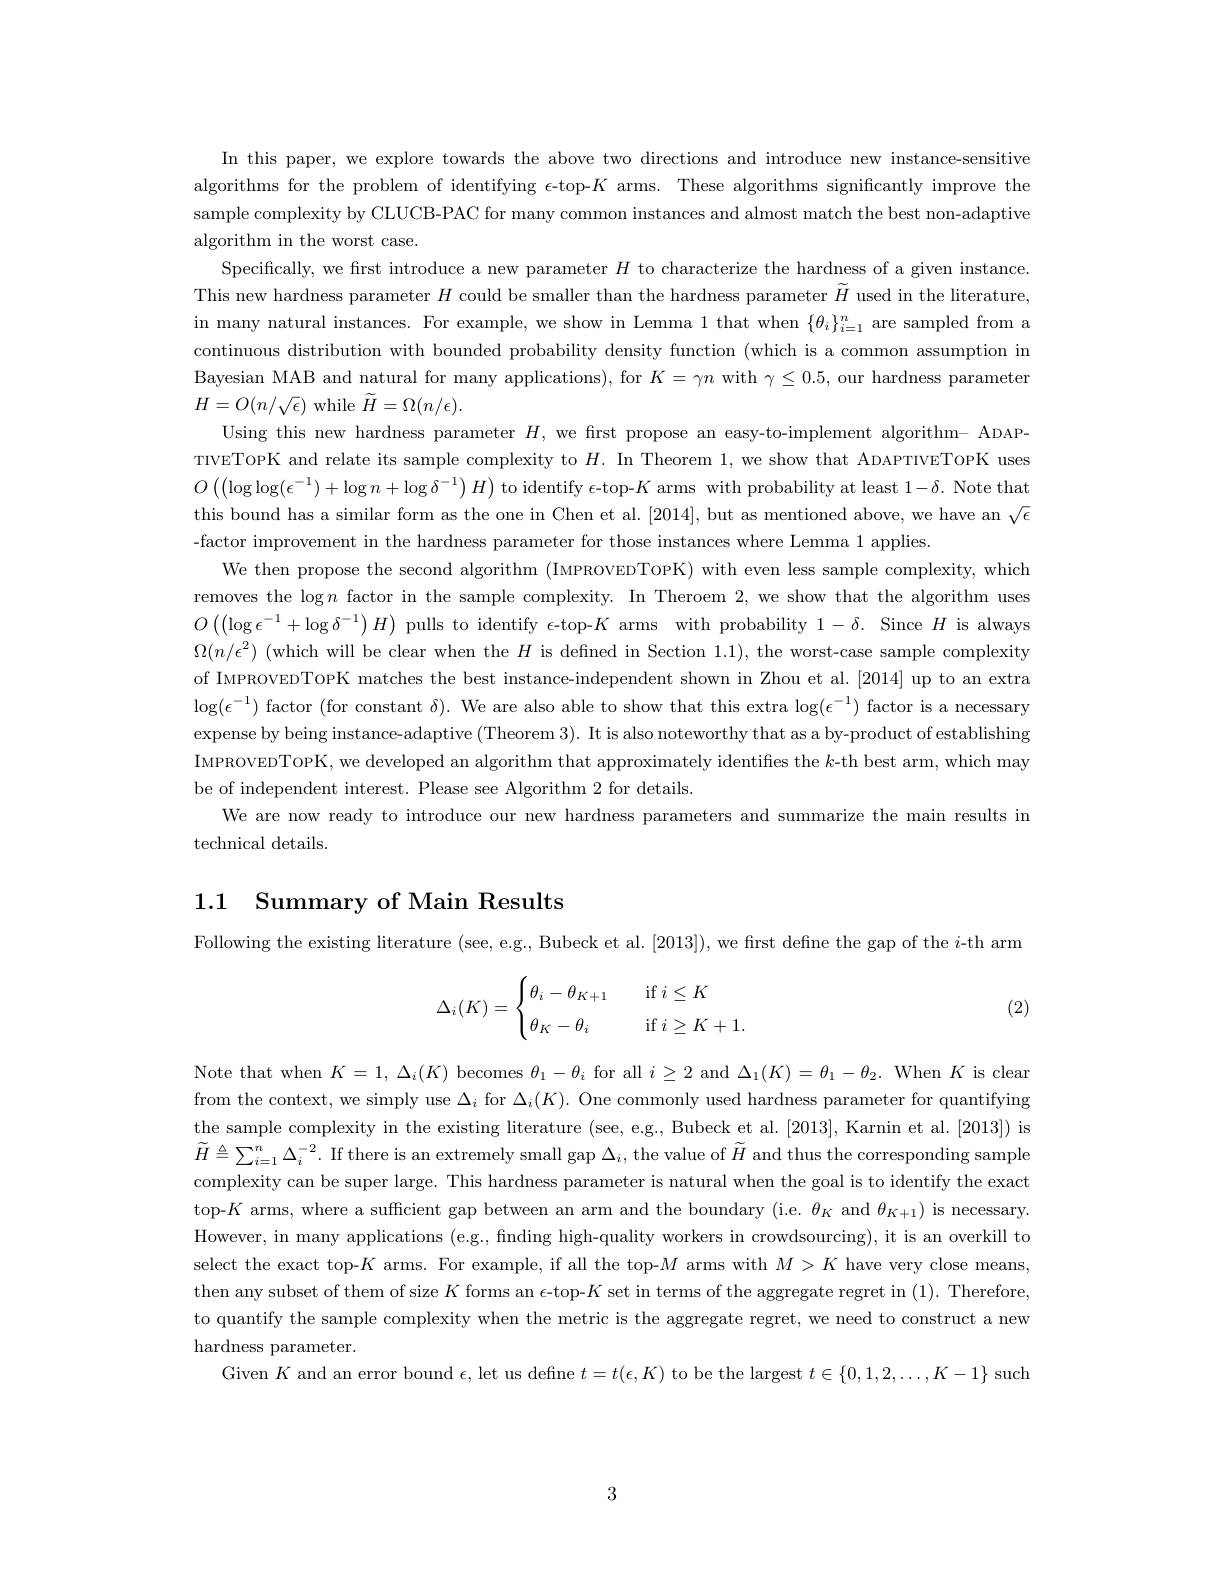
In this paper, we explore towards the above two directions and introduce new instance-sensitive algorithms for the problem of identifying $\epsilon$-top-$K$ arms. These algorithms significantly improve the sample complexity by CLUCB-PAC for many common instances and almost match the best non-adaptive algorithm in the worst case.
Specifically, we first introduce a new parameter $H$ to characterize the hardness of a given instance. This new hardness parameter $H$ could be smaller than the hardness parameter $\widetilde{H}$ used in the literature, in many natural instances. For example, we show in Lemma 1 that when $\{\theta_i\}_i=1^n$ are sampled from a continuous distribution with bounded probability density function (which is a common assumption in Bayesian MAB and natural for many applications), for $K=\gamma n$ with $\gamma\leq0.5$, our hardness parameter $H=O(n/\sqrt{\epsilon})$ while $\tilde{H}=\Omega(n/\epsilon).$
Using this new hardness parameter $H$, we first propose an easy-to-implement algorithm- ADAPTIVETOPK and relate its sample complexity to $H.$ In Theorem 1, we show that ADAPTIVETOPK uses $O\left(\left(\log\log(\epsilon^{-1})+\log n+\log\delta^{-1}\right)H\right)$to identify $\epsilon$-top-$K$ arms with probability at least $1-\delta.$ Note that this bound has a similar form as the one in Chen et al. [2014], but as mentioned above, we have an $\sqrt\epsilon$ -factor improvement in the hardness parameter for those instances where Lemma 1 applies.
We then propose the second algorithm (IMPROVEDTOPK) with even less sample complexity, which removes the $\log n$ factor in the sample complexity. In Theroem 2, we show that the algorithm uses $O\left(\left(\log\epsilon^{-1}+\log\delta^{-1}\right)H\right)$pulls to identify $\epsilon$-top-$K$ arms with probability $1-\delta.$ Since $H$ is always $\Omega(n/\epsilon^2)$ (which will be clear when the $H$ is defined in Section 1.1), the worst-case sample complexity of IMPROVEDTOPK matches the best instance-independent shown in Zhou et al. [2014] up to an extra $\log(\epsilon^{-1})$ factor (for constant $\delta).$ We are also able to show that this extra $\log(\epsilon^-1)$ factor is a necessary expense by being instance-adaptive (Theorem 3). It is also noteworthy that as a by-product of establishing IMPROVEDTOPK, we developed an algorithm that approximately identifies the $k$-th best arm, which may be of independent interest. Please see Algorithm 2 for details
We are now ready to introduce our new hardness parameters and summarize the main results in
technical details.

1.1 Summary of Main Results

Following the existing literature (see, e.g., Bubeck et al. [2013]), we first define the gap of the $i$-th arm
$$\Delta_i(K)=\begin{cases}\theta_i-\theta_{K+1}&\quad\text{if}\:i\le K\\[2ex]\theta_K-\theta_i&\quad\text{if}\:i\ge K+1.\end{cases}$$
(2)

Note that when $K=1,\Delta_i(K)$ becomes $\theta_1-\theta_i$ for all $i\geq2$ and $\Delta_1(K)=\theta_1-\theta_2.$ When $K$ is clear from the context, we simply use $\Delta_i$ for $\Delta_i(K).$ One commonly used hardness parameter for quantifying the sample complexity in the existing literature (see, e.g., Bubeck et al. [2013], Karnin et al. [2013]) is $\widetilde{H}\triangleq\sum_{i=1}^n\Delta_i^{-2}.$ If there is an extremely small gap $\Delta_i$, the value of $\widetilde{H}$ and thus the corresponding sample complexity can be super large. This hardness parameter is natural when the goal is to identify the exact top-$K$ arms, where a sufficient gap between an arm and the boundary (i.e. $\theta_K$ and $\theta_{K+1})$ is necessary. However, in many applications (e.g., finding high-quality workers in crowdsourcing), it is an overkill to select the exact top-$K$ arms. For example, if all the top-$M$ arms with $M>K$ have very close means then any subset of them of size $K$ forms an $\epsilon$-top-$K$ set in terms of the aggregate regret in (1). Therefore to quantify the sample complexity when the metric is the aggregate regret, we need to construct a new hardness parameter.
Given $K$ and an error bound $\epsilon$, let us define $t=t(\epsilon,K)$ to be the largest $t\in\{0,1,2,\ldots,K-1\}$ such

3